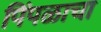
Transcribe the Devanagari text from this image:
पिंपळाचा